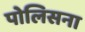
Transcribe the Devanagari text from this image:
पोलिसना